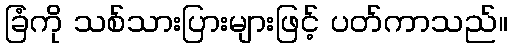
ခြံကို သစ်သားပြားများဖြင့် ပတ်ကာသည်။